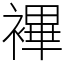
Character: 襅